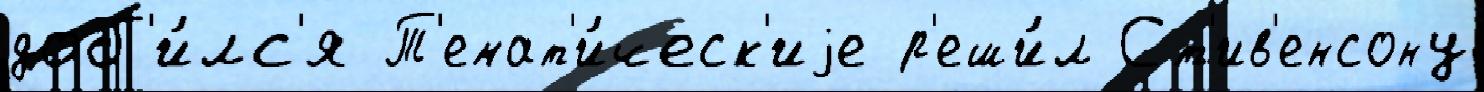
доб'и́лс'я Т'емат'и́ческ'иjе р'еши́л Ст'ив'енсону